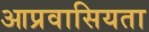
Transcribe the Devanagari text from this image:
आप्रवासियता